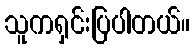
သူကရှင်းပြပါတယ်။